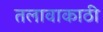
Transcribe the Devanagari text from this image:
तलावाकाठी